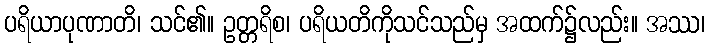
ပရိယာပုဏာတိ၊ သင်၏။ ဥတ္တရိစ၊ ပရိယတိကိုသင်သည်မှ အထက်၌လည်း။ အဿ၊